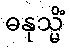
ဓနုသ္မိံ